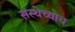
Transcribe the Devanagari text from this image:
संस्थेच्याच